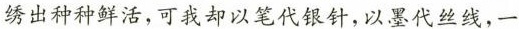
绣出种种鲜活，可我却以笔代银针，以墨代丝线，一